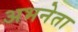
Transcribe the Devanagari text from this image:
अभनेता